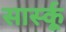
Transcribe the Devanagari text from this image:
सार्स्कू